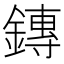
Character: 鏄